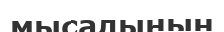
мысалының